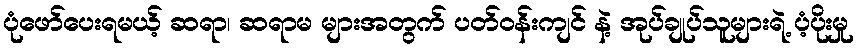
ပုံဖော်ပေးရမယ့် ဆရာ၊ ဆရာမ များအတွက် ပတ်ဝန်းကျင် နဲ့ အုပ်ချုပ်သူများရဲ့ ပံ့ပိုးမှု